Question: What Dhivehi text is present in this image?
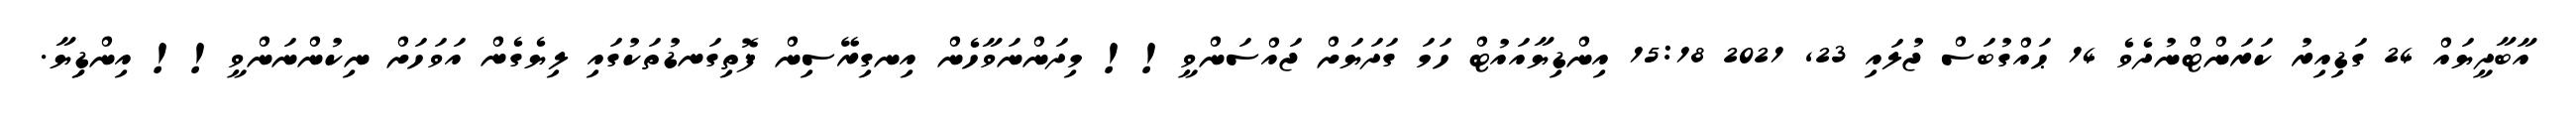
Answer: އާބާދީޔައް 24 ގަޑިއިރު ކަރަންޓްނުދެވެ 14 ޙައްގުބަސް ޖުލައި 23, 2021 15:18 އިންޑިޔާއައުޓް ހަމަ ގަދަޔަށް ޖައްސަންވީ!! މިދަންނަވާހެން އިނގިރޭސިން ފޮތިގަނޑުތަކުގައި ލިޔެގެން އަވަހަށް ނިކުންނަންވީ!! އިންޑިިޔާ.